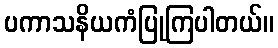
ပကာသနိယကံပြုကြပါတယ်။